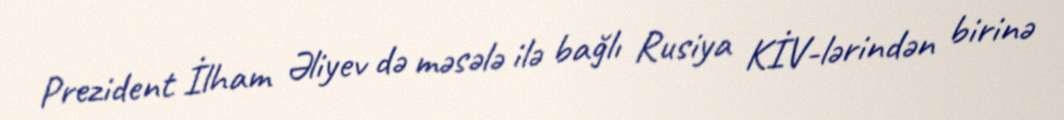
Prezident İlham Əliyev də məsələ ilə bağlı Rusiya KİV-lərindən birinə